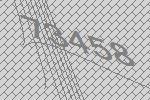
73458